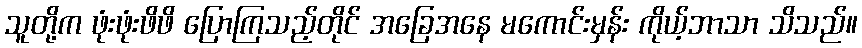
သူတို့က ဖုံးဖုံးဖိဖိ ပြောကြသည့်တိုင် အခြေအနေ မကောင်းမှန်း ကိုယ့်ဘာသာ သိသည်။